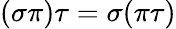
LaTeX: (\sigma\pi)\tau=\sigma(\pi\tau)